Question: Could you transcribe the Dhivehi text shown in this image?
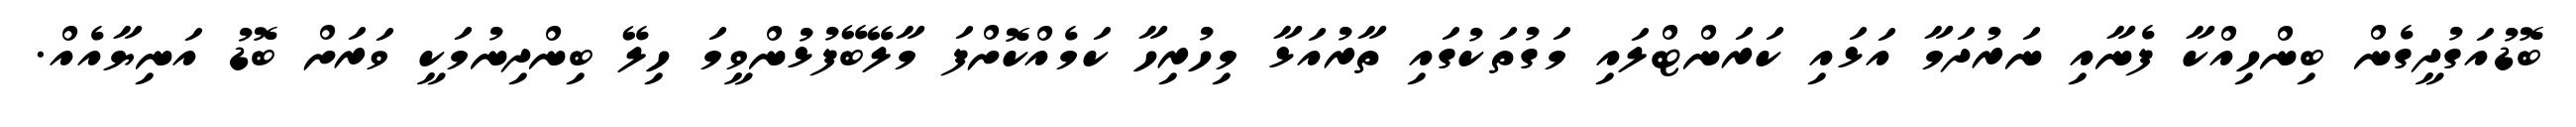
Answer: ބޮޑުއަގުދީގެން ބިންހިއްކާ ފެނާއި ނަރުދަމާ އަޅައި ކަރަންޓްލައި މަގުތަކުގައި ތާރުއަޅާ މިހުރިހާ ކަމެއްކޮށްފަ މާލޭބޭފުޅުންވީމަ ހިލޭ ބިންދިނުމަކީ ވަރަށް ބޮޑު އަނިޔާއެއް.